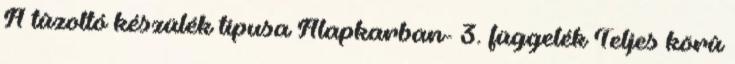
A tûzoltó készülék típusa Alapkarban- 3. függelék Teljes körû